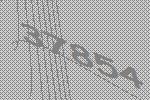
37854